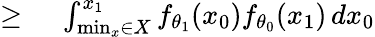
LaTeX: \begin{array}{rl}{\geq{}}&{{}\int_{\operatorname*{min}_{x}\in X}^{x_{1}}f_{\theta_{1}}(x_{0})f_{\theta_{0}}(x_{1})\, dx_{0}}\end{array}